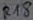
Text: R18